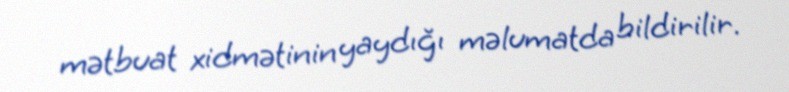
mətbuat xidmətinin yaydığı məlumatda bildirilir.